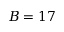
B = 1 7